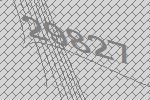
29827